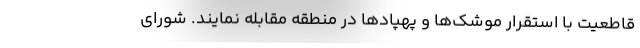
قاطعیت با استقرار موشک‌ها و پهپادها در منطقه مقابله نمایند. شورای